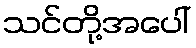
သင်တို့အပေါ်